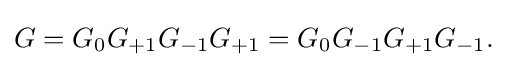
\displaystyle {G=G_{0}G_{+1}G_{-1}G_{+1}=G_{0}G_{-1}G_{+1}G_{-1}.}